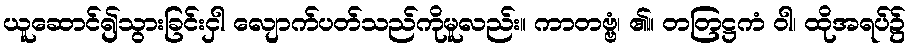
ယူဆောင်၍သွားခြင်းငှါ လျောက်ပတ်သည်ကိုမူလည်း။ ကာတဗ္ဗံ၊ ၏။ တတြဋ္ဌကံ ဝါ၊ ထိုအရပ်၌